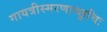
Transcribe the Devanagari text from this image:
गायत्रीस्मरणाच्छुचिः